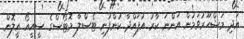
އަދި މަޝްހޫރުވަމުން އަންނަ ކާރު އުފައްދާ ކުންފުނި ޓެސްލާ މޮޓޯސްގެ ސީއީއޯ އީލޮން